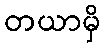
တယာမှိ